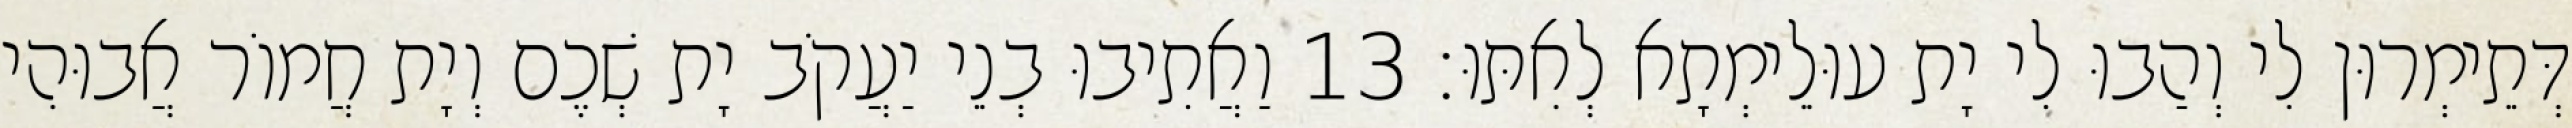
דְּתֵימְרוּן לִי וְהַבוּ לִי יָת עוּלֵימְתָא לְאִתּוּ׃ 13 וַאֲתִיבוּ בְנֵי יַעֲקֹב יָת שְׁכֶם וְיָת חֲמוֹר אֲבוּהִי